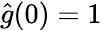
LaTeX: \hat{g}(0)=1